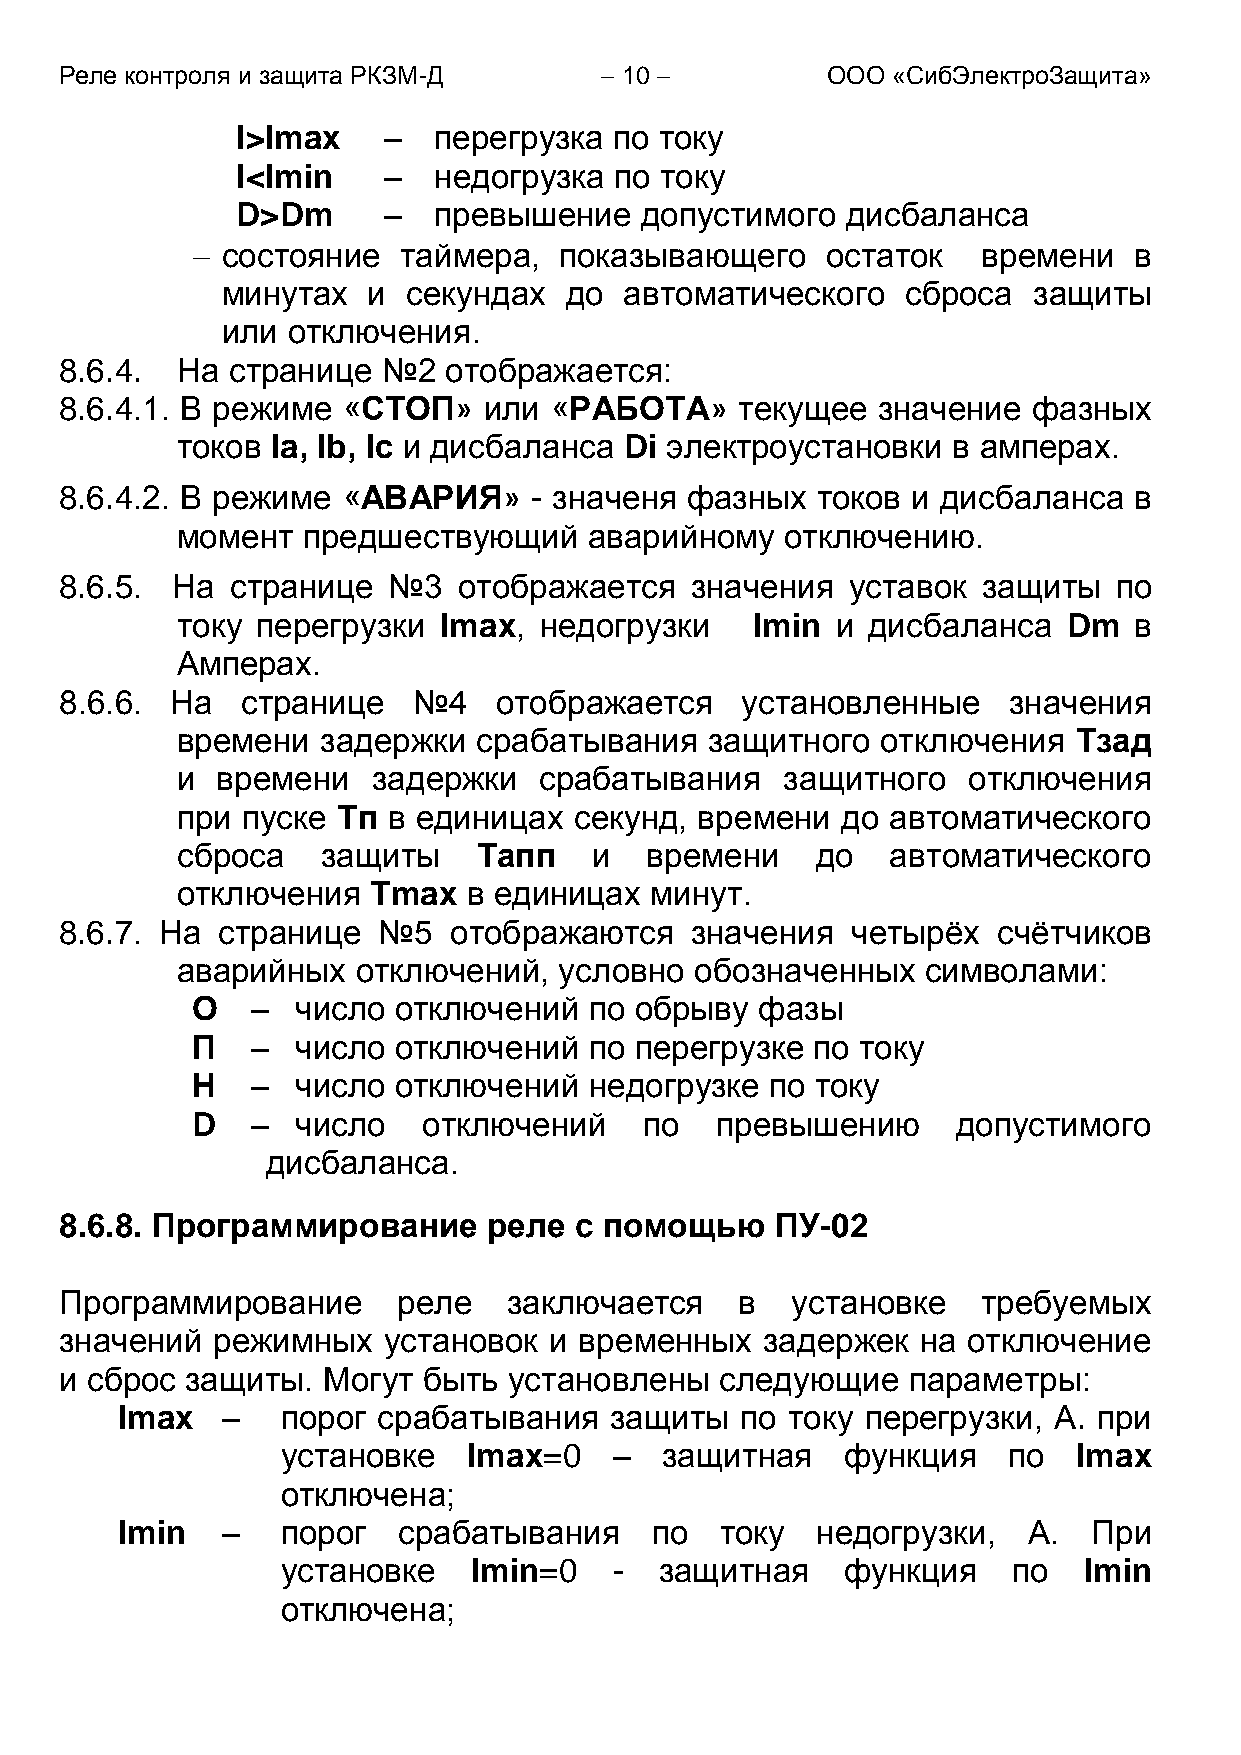
Реле контроля и защита РКЗМ-Д        10          ООО «СибЭлектроЗащита»
 I>Imax   –   перегрузка  по току
 I<Imin   –   недогрузка  по току
 D>Dm     –   превышение   допустимого   дисбаланса
  состояние  таймера,   показывающего     остаток   времени   в
 минутах  и  секундах  до  автоматического    сброса  защиты
 или отключения.
 8.6.4.  На странице  №2  отображается:
 8.6.4.1. В режиме  «СТОП»   или «РАБОТА»     текущее  значение  фазных
 токов Ia, Ib, Ic и дисбаланса Di электроустановки  в амперах.
 8.6.4.2. В режиме  «АВАРИЯ»    - значеня фазных   токов и дисбаланса   в
 момент  предшествующий     аварийному   отключению.
 8.6.5. На  странице   №3  отображается    значения  уставок  защиты   по
 току перегрузки  Imax,  недогрузки    Imin и дисбаланса    Dm  в
 Амперах.
 8.6.6. На   странице   №4    отображается    установленные     значения
 времени  задержки   срабатывания   защитного  отключения   Тзад
 и времени    задержки   срабатывания    защитного   отключения
 при пуске Тп  в единицах  секунд, времени   до автоматического
 сброса   защиты     Тапп   и   времени    до   автоматического
 отключения   Тmax  в единицах  минут.
 8.6.7. На странице   №5   отображаются    значения  четырѐх   счѐтчиков
 аварийных   отключений,  условно  обозначенных   символами:
 О   –  число отключений   по обрыву  фазы
 П   –  число отключений   по перегрузке  по току
 Н   –  число отключений   недогрузке  по току
 D   –  число   отключений     по  превышению      допустимого
 дисбаланса.
 8.6.8. Программирование     реле  с помощью    ПУ-02
 Программирование      реле    заключается    в  установке    требуемых
 значений  режимных   установок  и временных   задержек   на отключение
 и сброс защиты.  Могут  быть  установлены   следующие   параметры:
 Imax   –   порог срабатывания   защиты   по току перегрузки,  А. при
 установке   Imax=0    –  защитная    функция    по  Imax
 отключена;
 Imin   –   порог  срабатывания     по   току  недогрузки,   А.  При
 установке   Imin=0    -  защитная    функция    по   Imin
 отключена;